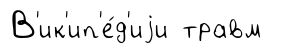
В'ик'ип'е́д'иjи травм